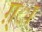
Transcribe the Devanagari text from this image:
ग़्ा